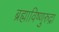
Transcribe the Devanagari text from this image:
ब्रह्माविष्णुरुद्रा